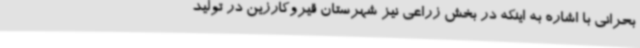
بحرانی با اشاره به اینکه در بخش زراعی نیز شهرستان قیروکارزین در تولید